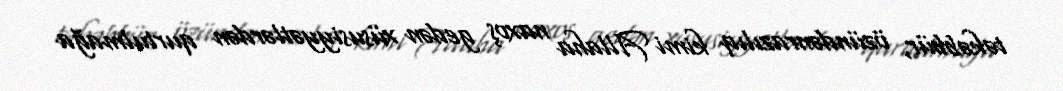
təkəbbür, özündənrazılıq kimi Allaha naxoş gedən xüsusiyyətlərdən qurtulmağa